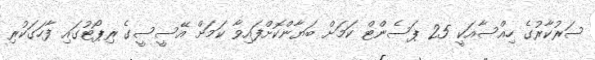
ސަރުކާރުގެ ހިއްސާއަކީ 25 ޕަސެންޓް ކަމަށް ބަޔާންކޮށްފައިވާ ކަމަށް އޭސީސީގެ ރިޕޯޓުގައި ފާހަގަކުރި